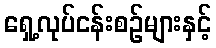
ရှေ့လုပ်ငန်းစဉ်များနှင့်